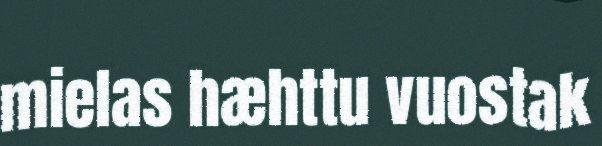
mielas hæhttu vuostak